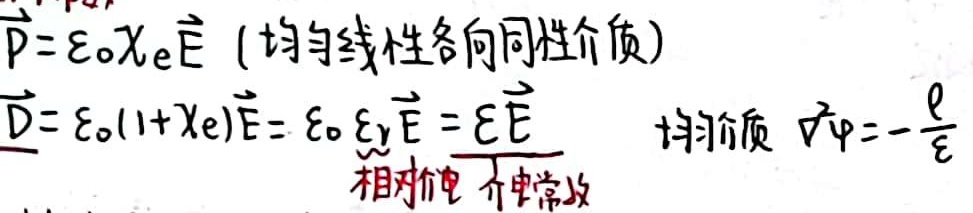
\(\vec{P}=\varepsilon_{0}\chi_{e}\vec{E}\) (均匀线性各向同性介质)
\(\vec{D}=\varepsilon_{0}(1 + \chi_{e})\vec{E}=\varepsilon_{0}\varepsilon_{r}\vec{E}=\varepsilon\vec{E}\)
均匀介质 \(\nabla^{2}\varphi = -\frac{\rho}{\varepsilon}\)
相对电 介电常数